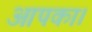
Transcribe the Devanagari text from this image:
आपका।